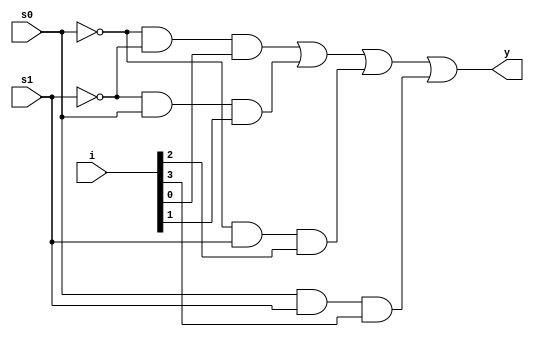
module mux(input [3:0]i,input s0,input s1,output y );
assign y=(~s0&~s1&i[0])|(~s1&s0&i[1])|(~s0&s1&i[2])|(s0&s1&i[3]);
endmodule